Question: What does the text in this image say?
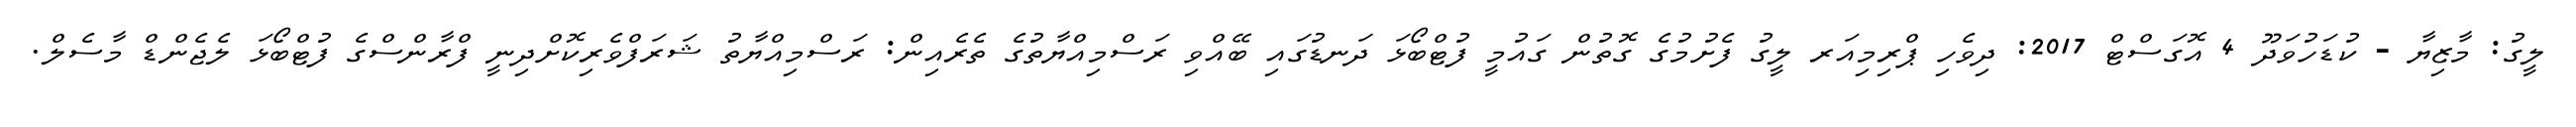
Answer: ލީގު: މާޒިޔާ - ކުޑަހުވަދޫ 4 އޮގަސްޓް 2017: ދިވެހި ޕްރިމިއަރ ލީގު ފެށުމުގެ ގޮތުން ގައުމީ ފުޓްބޯޅަ ދަނޑުގައި ބޭއްވި ރަސްމިއްޔާތުގެ ތެރެއިން: ރަސްމިއްޔާތު ޝަރަފްވެރިކޮށްދިނީ ފްރާންސްގެ ފުޓްބޯޅަ ލެޖެންޑް މާސެލް.